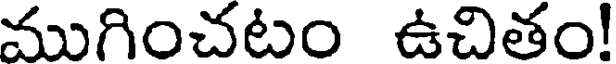
ముగించటం ఉచితం!